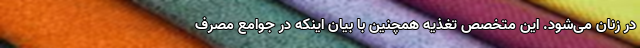
در زنان می‌شود. این متخصص تغذیه همچنین با بیان اینکه در جوامع مصرف